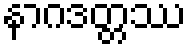
နာဂဒတ္တဿ